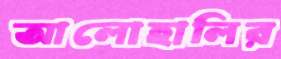
আলোহালির